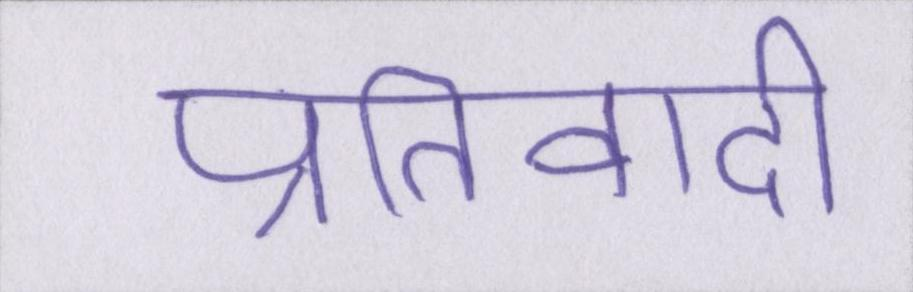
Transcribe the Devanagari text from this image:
प्रतिवादी